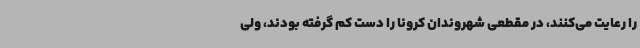
را رعایت می‌کنند، در مقطعی شهروندان کرونا را دست کم گرفته بودند، ولی